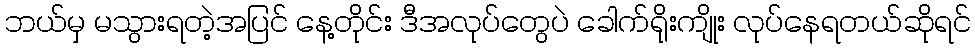
ဘယ်မှ မသွားရတဲ့အပြင် နေ့တိုင်း ဒီအလုပ်တွေပဲ ခေါက်ရိုးကျိုး လုပ်နေရတယ်ဆိုရင်